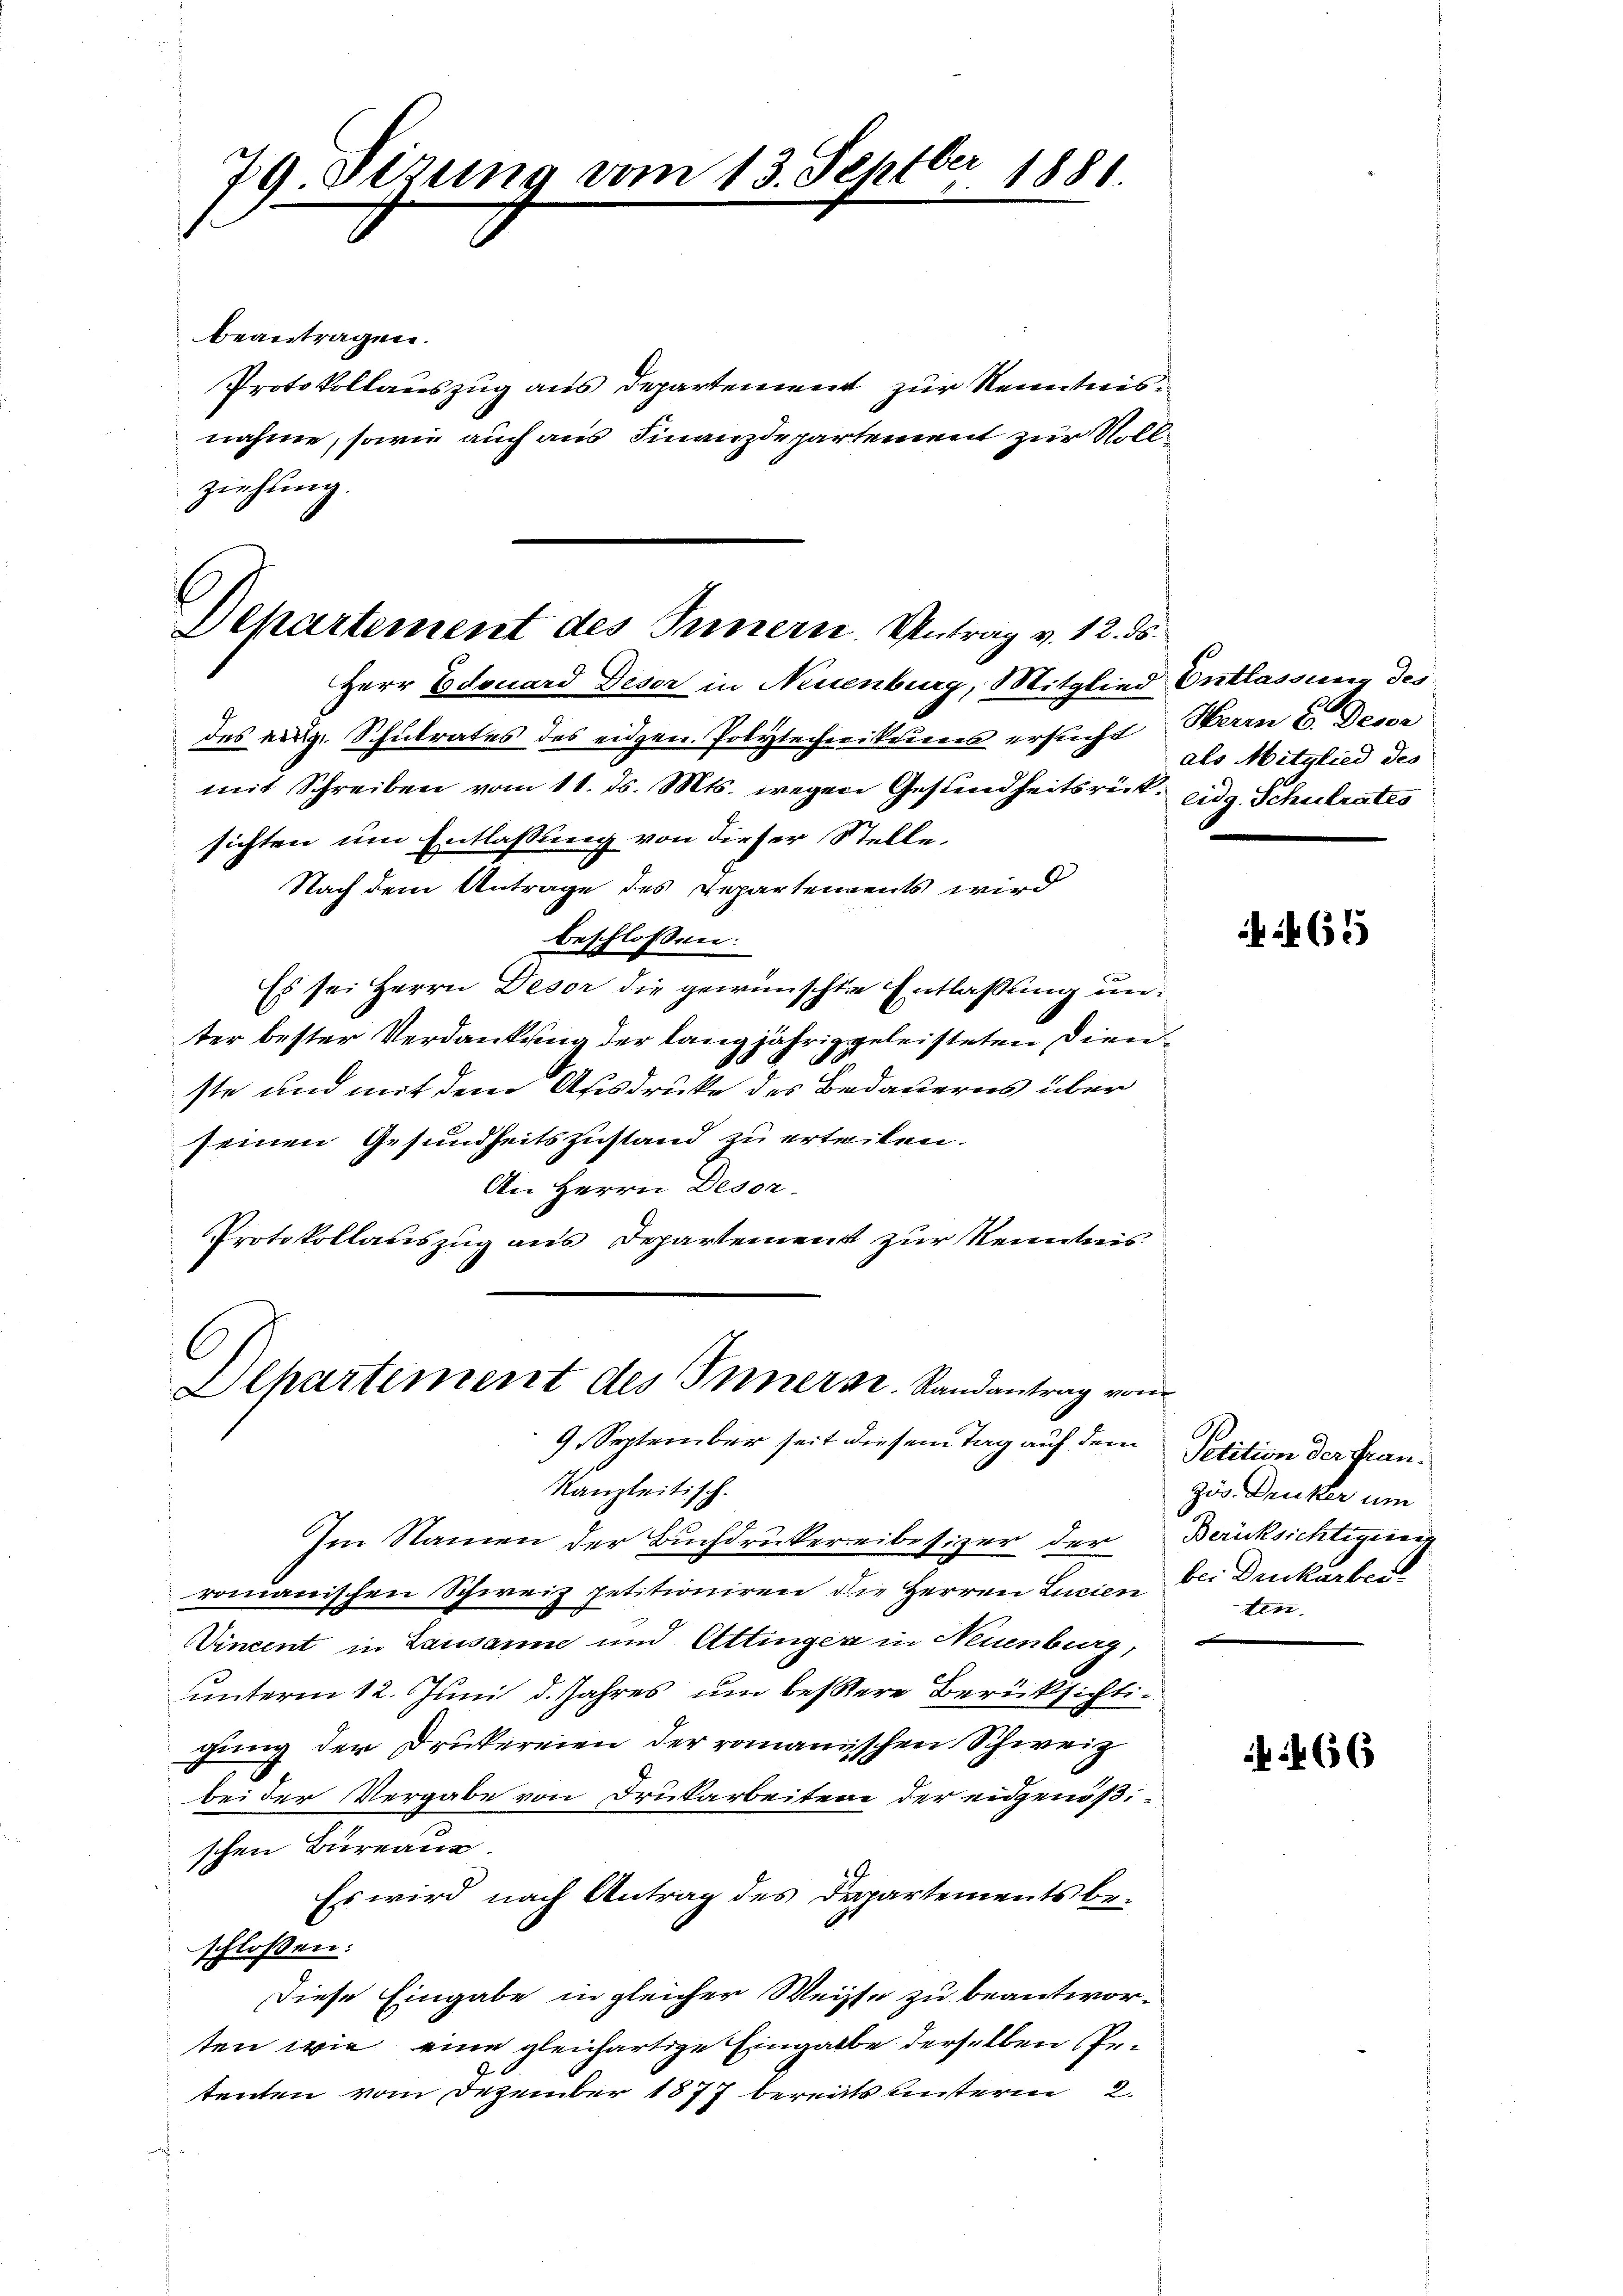
79. Sitzung vom 13. Septbr 1881.

Departement des Innern. Antrag v. 12. ds.

beantragen.
Protokollauszug aus Departement zur Kenntnisnahme, sowie auch aus Finanzdepartement zur Vollziehung.
Herr Edouard Deser in Neuenburg, Mitglied Entlassung des
des eidg. Schulrates des eidgen. Polytechnikeines ersucht Herrn C. Deser
mit Schreiben vom 11. ds. Mts. wegen Gesundheitsrück. eidg. Schulrates
sichten um Entlassung von dieser Stelle.
Nach dem Antrage des Departements wird
beschlossen:
Es sei Herrn Deser die gewünschte Entlassung unter bester Verdankung der langjährig geleisteten Dienste und mit dem Ausdrucke des Bedauerns über
seinen Gesundheitszustand zu erteilen.
An Herrn Desor
Protokollauszug aus Departement zur Kenntnis

Kanzleitisch.
Im Namen der Buchdruckereibesizer der
romanischen Schweiz petitioniren die Herren Lucien
Vincent in Lausanne und Attinger in Neuenburg,
unterm 12. Juni d. Jahres um bessere Berücksichtigung der Drukereien der romanischen Schweiz
1
bei der Vergabe von Drukarbeiten der eidgenößschen Bureaur.
Es wird nach Antrag des Departements beschlossen:
Diese Eingabe in gleicher Weisse zu beantworten wie eine gleichartige Eingabe derselben Petenten vom Dezember 1877 bereits unsterm 2.

Alpartement des Inners. Randantrag vom
9. September seit diesem Tag auf dem

als Mitglied des

61

Petition der Französ. Druker um
Berücksichtigung
bei Druckarbei
ten.

466